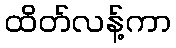
ထိတ်လန့်ကာ